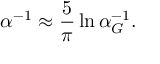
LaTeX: \alpha ^ { - 1 } \approx { \frac { 5 } { \pi } } \ln { \alpha _ { G } ^ { - 1 } } .